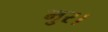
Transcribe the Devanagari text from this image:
मुर।